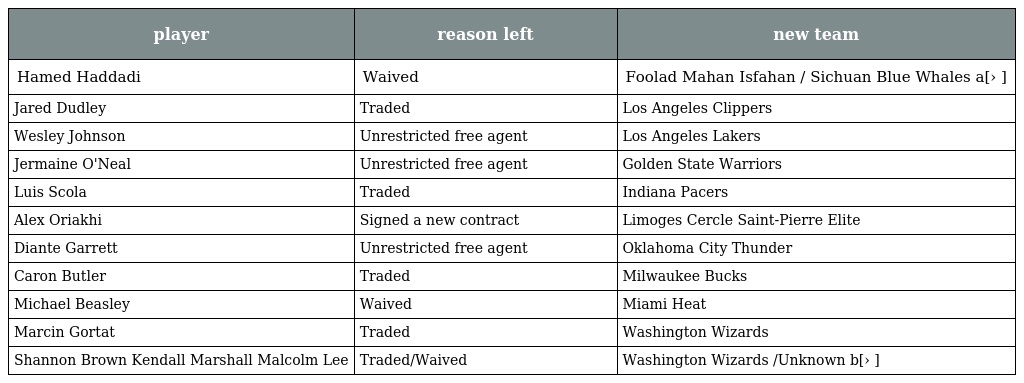
| player | reason left | new team |
 | --- | --- | --- |
 | Hamed Haddadi | Waived | Foolad Mahan Isfahan / Sichuan Blue Whales a[› ] |
 | Jared Dudley | Traded | Los Angeles Clippers |
 | Wesley Johnson | Unrestricted free agent | Los Angeles Lakers |
 | Jermaine O'Neal | Unrestricted free agent | Golden State Warriors |
 | Luis Scola | Traded | Indiana Pacers |
 | Alex Oriakhi | Signed a new contract | Limoges Cercle Saint-Pierre Elite |
 | Diante Garrett | Unrestricted free agent | Oklahoma City Thunder |
 | Caron Butler | Traded | Milwaukee Bucks |
 | Michael Beasley | Waived | Miami Heat |
 | Marcin Gortat | Traded | Washington Wizards |
 | Shannon Brown Kendall Marshall Malcolm Lee | Traded/Waived | Washington Wizards /Unknown b[› ] |